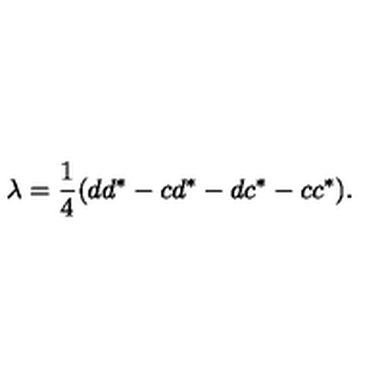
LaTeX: \lambda = { \frac { 1 } { 4 } } ( d d ^ { * } - c d ^ { * } - d c ^ { * } - c c ^ { * } ) .